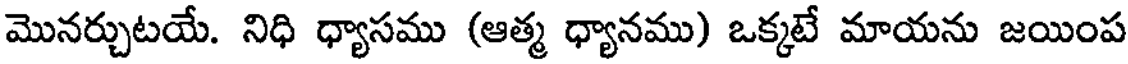
మొనర్చుటయే. నిధి ధ్యాసము (ఆత్మ ధ్యానము) ఒక్కటే మాయను జయింప